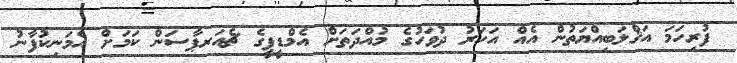
ފުރިހަމަ އަޤްލަބިއްޔަތުން އެއް އަހަރު ދުވަހުގެ މުއްދަތަށް އެމްޑީޕީގެ ޗެއަރޕާސަން ކަމަށް އެމަނިކުފާނު